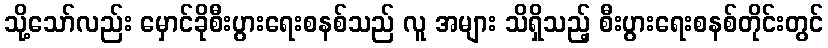
သို့သော်လည်း မှောင်ခိုစီးပွားရေးစနစ်သည် လူ အများ သိရှိသည့် စီးပွားရေးစနစ်တိုင်းတွင်